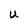
Character: U